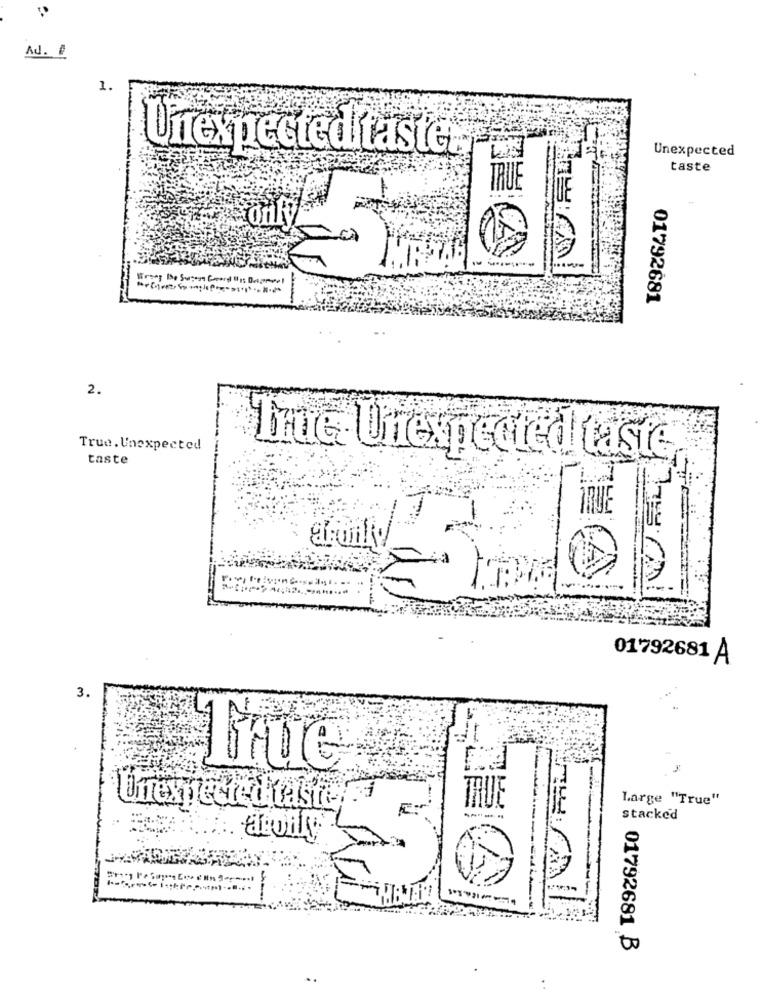
AJ. 1
1.
Unexpected
Unexpected taster,
taste
TRUE
only
01792681
2.
True. Unexpected
taste
hue Unexpected taste
TRUE
01792681 A
3.
True
Large "True"
Unexpected taste
THUE
-----
stacked
.ELvity
-
01792681 B